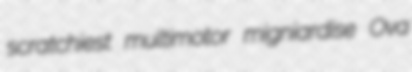
scratchiest multimotor migniardise Ova